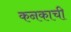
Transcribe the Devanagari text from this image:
कनकाची